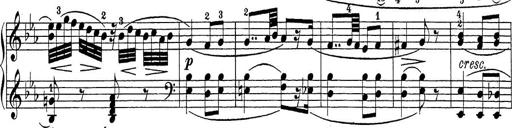
Title: Sonatina Album
Composer: Louis KÃ¶hler